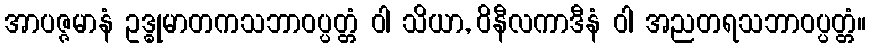
အာပဇ္ဇမာနံ ဥဒ္ဓုမာတကသဘာဝပ္ပတ္တံ ဝါ သိယာ, ဝိနီလကာဒီနံ ဝါ အညတရသဘာဝပ္ပတ္တံ။